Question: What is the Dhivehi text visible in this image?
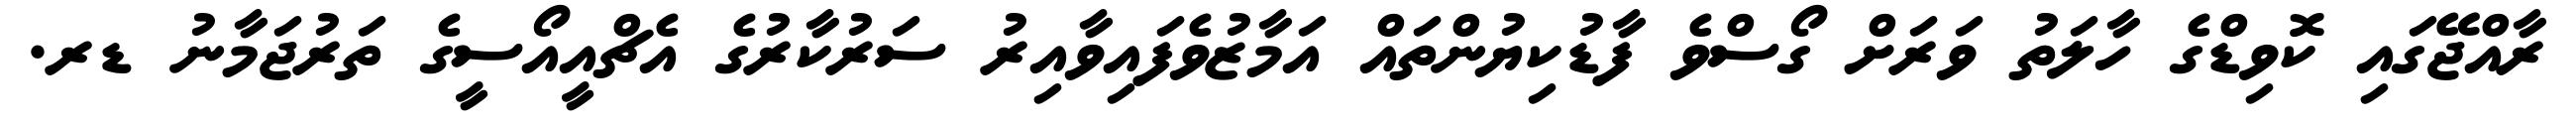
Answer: ރާއްޖޭގައި ކޮވިޑްގެ ހާލަތު ވަރަށް ގޯސްވެ ފާޑުކިޔުންތައް އަމާޒުވެފައިވާއިރު ސަރުކާރުގެ އެޗްއީއޯސީގެ ތަރުޖަމާނު ޑރ.